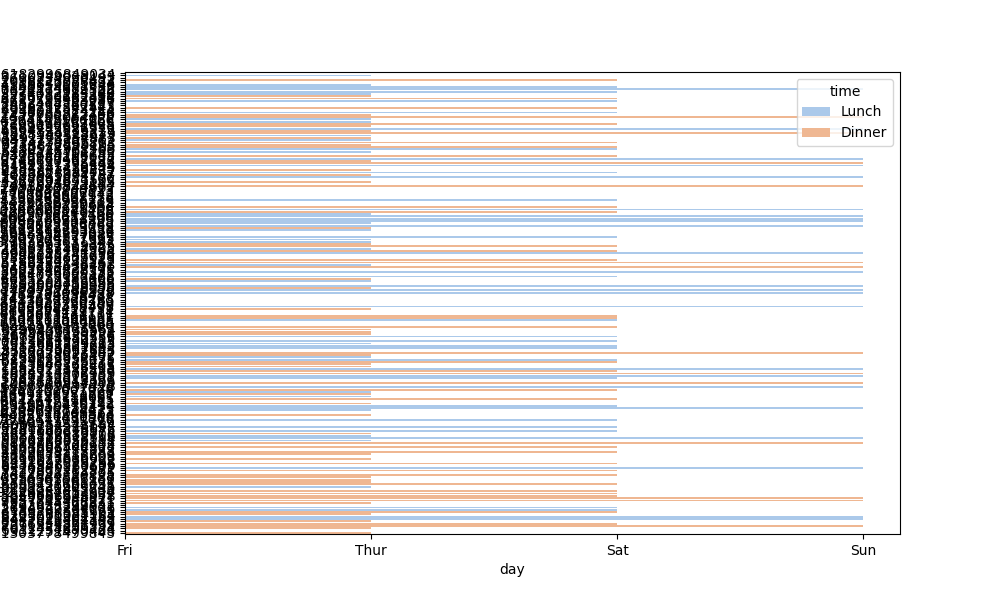
python, seaborn, barplot, hue='time', palette='pastel', ci=95, orient='h'